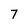
Character: 7